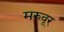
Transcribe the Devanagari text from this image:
मरुवूर